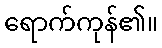
ရောက်ကုန်၏။